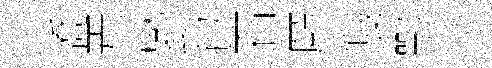
喬焉鬱包石願幔鄂